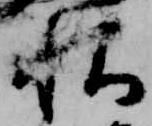
秋